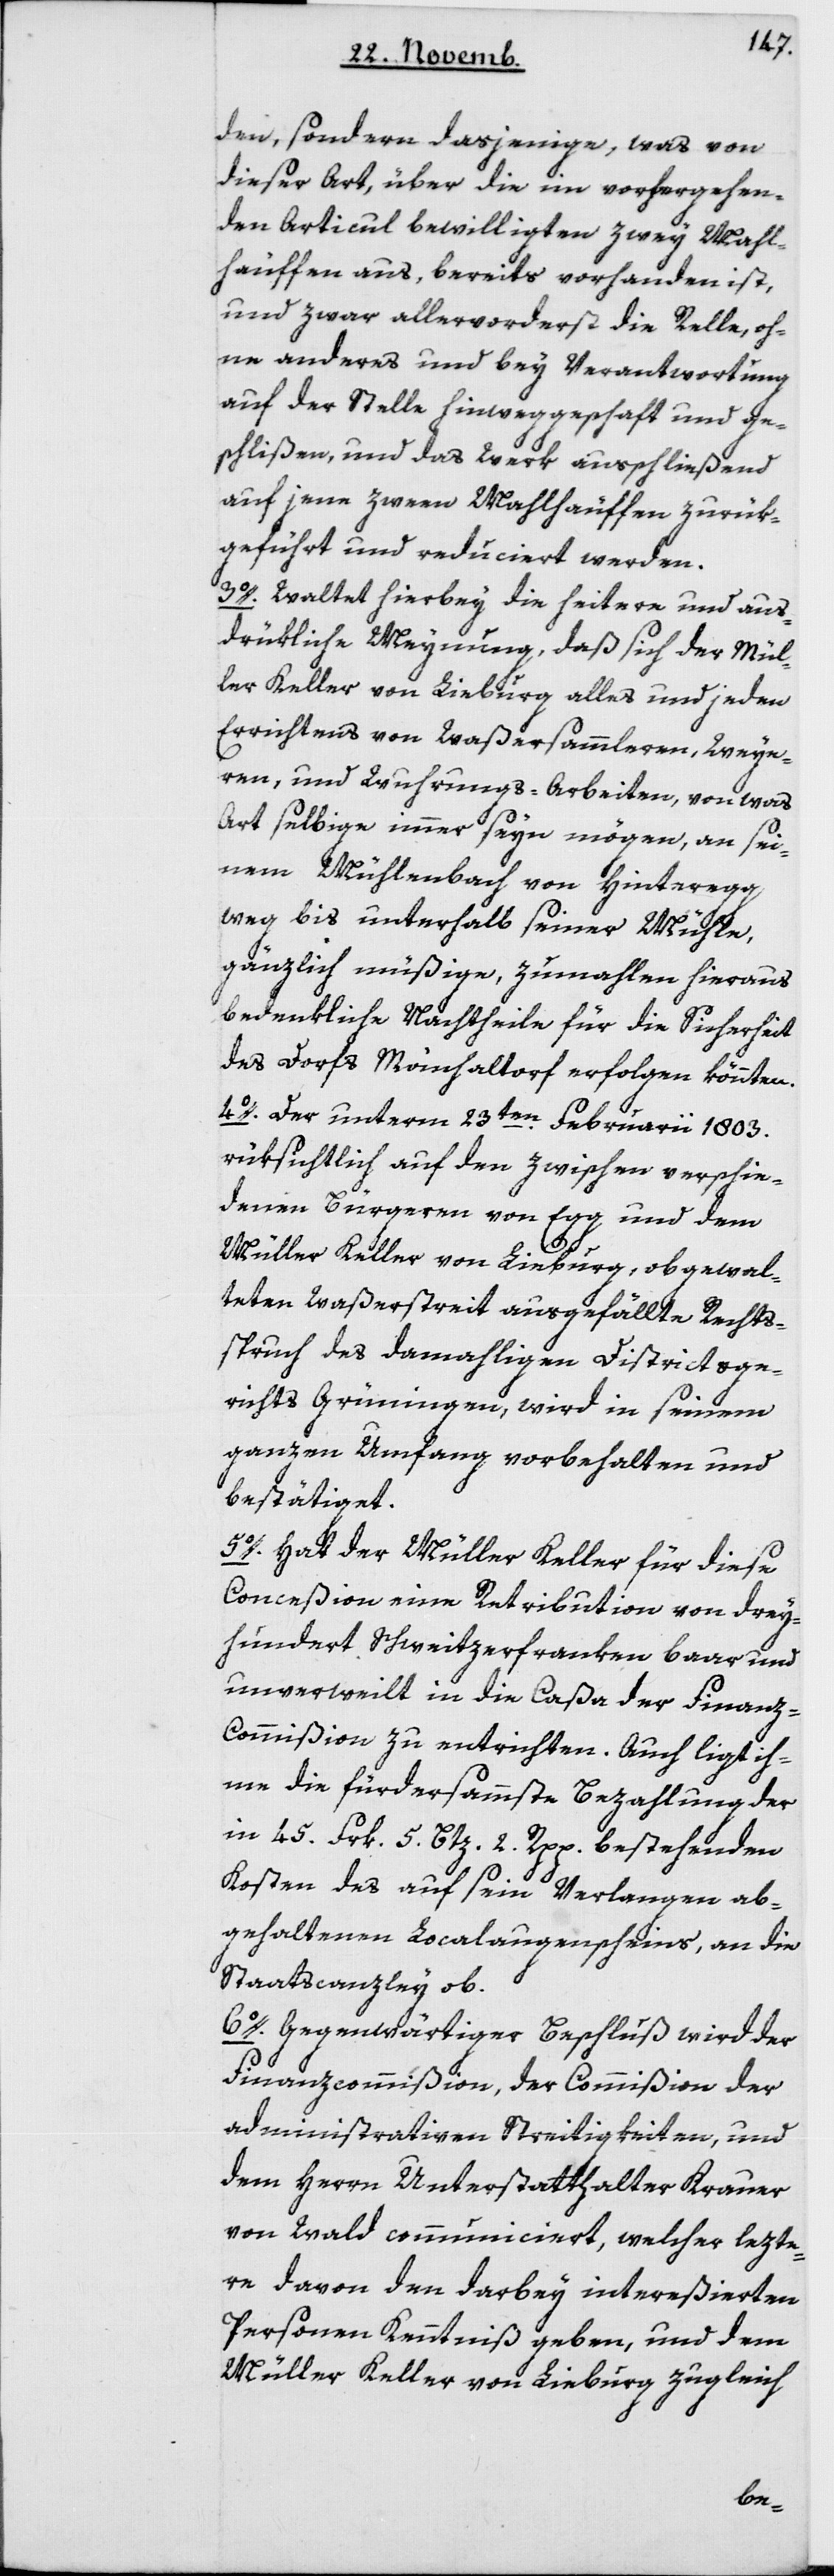
den, sondern dasjenige, was von
dieser Art, über die im vorhergehen¬
den Articul bewilligten zwey Mahl¬
häuffen aus, bereits vorhanden ist,
und zwar allervorderst die Relle, oh¬
ne anderes und bey Verantwortung
auf der Stelle hinweggeschaft [sic!]
geschlißen, und das Werk ausschließend
auf jene zween Mahlhäuffen zurük¬
geführt und reduciert werden.
3. Waltet hierbey die heitere und aus¬
drükliche Meynung, daß sich der Mül¬
ler Keller von Lieburg alles und jeden
Errichtens von Waßersammleren, Weye¬
ren und Wuhrungs-Arbeiten, von was
Art selbige immer seyn mögen, an sei¬
nem Mühlenbach von Hinteregg
weg bis unterhalb seiner Mühle,
gänzlich müßige, zumahlen hieraus
bedenkliche Nachtheile für die Sicherheit
des Dorfs Mönchaltorf erfolgen könnten.
4. Der unterm 23ten Februarii 1803
rüksichtlich auf den zwischen verschie¬
denen Bürgeren von Egg und dem
Müller Keller von Lieburg, obgewal¬
teten Waßerstreit ausgefällte Rechts¬
spruch des damaligen Districtsge¬
richts Grüningen, wird in seinem
ganzen Umfang vorbehalten und
bestätiget.
5. Hat der Müller Keller für diese
Conceßion eine Retribution von drey¬
hundert Schweizerfranken baar und
unverweilt in die Caßa der Finanz-C¬
ommißion zu entrichten. Auch ligt ih¬
me die fürdersammste Bezahlung der
in 45 Frk[en] 5 Btz[en] 2 Rpp bestehenden
Kosten des auf sein Verlangen ab¬
gehaltenen Localaugenscheins, an die
Staatscanzley ob.
6. Gegenwärtiger Beschluß wird der
Finanzcommißion, der Commißion der
administrativen Streitigkeiten und
dem Herrn Unterstatthalter Krauer
von Wald communiciert, welcher lezte¬
re davon den darbey intereßierten
Personen Kenntniß geben, und dem
Müller Keller von Lieburg zugleich